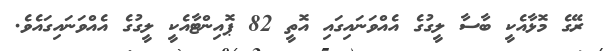
ރޭގެ މޮޅާއެކީ ބާސާ ލީގުގެ އެއްވަނައިގައި އޮތީ 82 ޕޮއިންޓާއެކީ ލީގުގެ އެއްވަނައިގައެވެ.